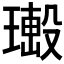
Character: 𤩚